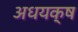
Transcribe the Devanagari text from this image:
अधयक्ष